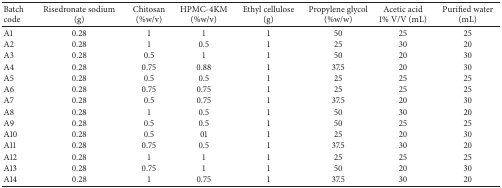
| Batch code | Risedronate sodium (g) | Chitosan (%w/v) | HPMC-4KM (%w/v) | Ethyl cellulose (g) | Propylene glycol (%w/w) | Acetic acid 1% V/V (mL) | Purified water (mL) |
 | --- | --- | --- | --- | --- | --- | --- | --- |
 | A1 | 0.28 | 1 | 1 | 1 | 50 | 25 | 25 |
 | A2 | 0.28 | 1 | 0.5 | 1 | 25 | 30 | 20 |
 | A3 | 0.28 | 0.5 | 1 | 1 | 50 | 20 | 30 |
 | A4 | 0.28 | 0.75 | 0.88 | 1 | 37.5 | 20 | 30 |
 | A5 | 0.28 | 0.5 | 0.5 | 1 | 25 | 25 | 25 |
 | A6 | 0.28 | 0.75 | 0.75 | 1 | 25 | 25 | 25 |
 | A7 | 0.28 | 0.5 | 0.75 | 1 | 37.5 | 20 | 30 |
 | A8 | 0.28 | 1 | 0.5 | 1 | 50 | 30 | 20 |
 | A9 | 0.28 | 0.5 | 0.5 | 1 | 50 | 25 | 25 |
 | A10 | 0.28 | 0.5 | 01 | 1 | 25 | 20 | 30 |
 | A11 | 0.28 | 0.75 | 0.5 | 1 | 37.5 | 30 | 20 |
 | A12 | 0.28 | 1 | 1 | 1 | 25 | 25 | 25 |
 | A13 | 0.28 | 0.75 | 1 | 1 | 50 | 20 | 30 |
 | A14 | 0.28 | 1 | 0.75 | 1 | 37.5 | 30 | 20 |